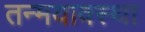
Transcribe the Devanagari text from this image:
तन्मयावस्था